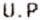
U.P